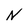
Character: N